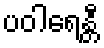
ပဝါရေန္တီ